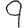
Digit: 9